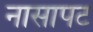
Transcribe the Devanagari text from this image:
नासापट